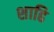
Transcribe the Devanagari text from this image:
शाढि